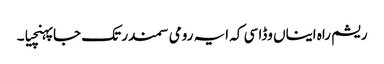
ریشم راہ ایناں وڈا سی کہ ایہ رومی سمندر تک جا پہنچیا۔